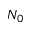
N _ { 0 }